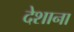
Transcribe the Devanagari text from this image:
देशाना